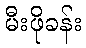
မီးဖိုခန်း